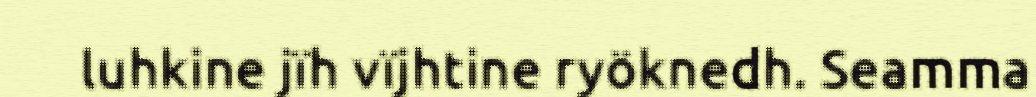
luhkine jïh vïjhtine ryöknedh. Seamma